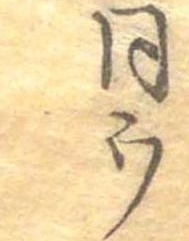
同ウ